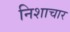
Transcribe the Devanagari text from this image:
निशाचार